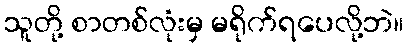
သူတို့ စာတစ်လုံးမှ မရိုက်ရပေလို့ဘဲ။